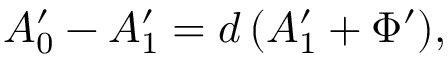
A _ { 0 } ^ { \prime } - A _ { 1 } ^ { \prime } = d \, ( A _ { 1 } ^ { \prime } + \Phi ^ { \prime } ) ,